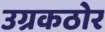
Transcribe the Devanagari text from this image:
उग्रकठोर